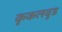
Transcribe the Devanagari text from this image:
कृकलवुड